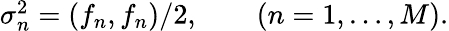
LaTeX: \begin{array}{r}{\sigma_{n}^{2}=\left(f_{n},f_{n}\right)/2,\qquad(n=1,\ldots,M).}\end{array}